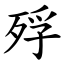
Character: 殍